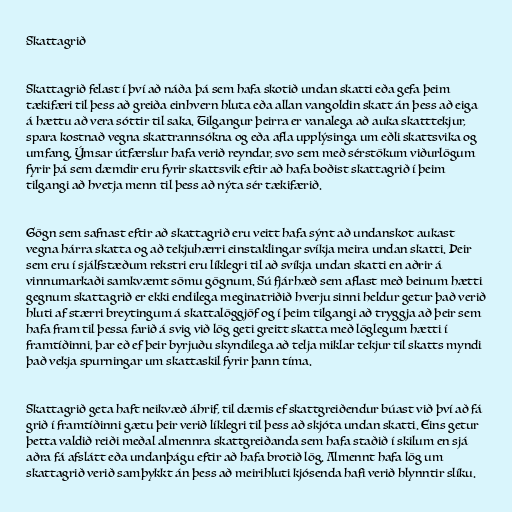
Skattagrið

Skattagrið felast í því að náða þá sem hafa skotið undan skatti eða gefa þeim
tækifæri til þess að greiða einhvern hluta eða allan vangoldin skatt án þess að eiga
á hættu að vera sóttir til saka. Tilgangur þeirra er vanalega að auka skatttekjur,
spara kostnað vegna skattrannsókna og eða afla upplýsinga um eðli skattsvika og
umfang. Ýmsar útfærslur hafa verið reyndar, svo sem með sérstökum viðurlögum
fyrir þá sem dæmdir eru fyrir skattsvik eftir að hafa boðist skattagrið í þeim
tilgangi að hvetja menn til þess að nýta sér tækifærið.

Gögn sem safnast eftir að skattagrið eru veitt hafa sýnt að undanskot aukast
vegna hárra skatta og að tekjuhærri einstaklingar svíkja meira undan skatti. Þeir
sem eru í sjálfstæðum rekstri eru líklegri til að svíkja undan skatti en aðrir á
vinnumarkaði samkvæmt sömu gögnum. Sú fjárhæð sem aflast með beinum hætti
gegnum skattagrið er ekki endilega meginatriðið hverju sinni heldur getur það verið
hluti af stærri breytingum á skattalöggjöf og í þeim tilgangi að tryggja að þeir sem
hafa fram til þessa farið á svig við lög geti greitt skatta með löglegum hætti í
framtíðinni, þar eð ef þeir byrjuðu skyndilega að telja miklar tekjur til skatts myndi
það vekja spurningar um skattaskil fyrir þann tíma.

Skattagrið geta haft neikvæð áhrif, til dæmis ef skattgreiðendur búast við því að fá
grið í framtíðinni gætu þeir verið líklegri til þess að skjóta undan skatti. Eins getur
þetta valdið reiði meðal almennra skattgreiðanda sem hafa staðið í skilum en sjá
aðra fá afslátt eða undanþágu eftir að hafa brotið lög. Almennt hafa lög um
skattagrið verið samþykkt án þess að meirihluti kjósenda hafi verið hlynntir slíku.